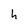
Character: h